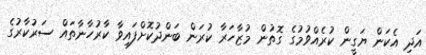
އަދި އެކަން ޔަގީން ކުރެއްވުމުގެ ގޮތުން މުޒާހަރާ ކުރަން ބަންދުކޮށްފައިވާ ކާރުހާނާތައް ސަރުކާރުގެ